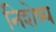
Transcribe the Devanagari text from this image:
निशेष्य